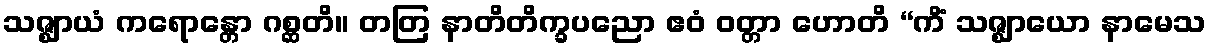
သဇ္ဈာယံ ကရောန္တော ဂစ္ဆတိ။ တတြ နာတိတိက္ခပညော ဧဝံ ဝတ္တာ ဟောတိ “ကိံ သဇ္ဈာယော နာမေသ